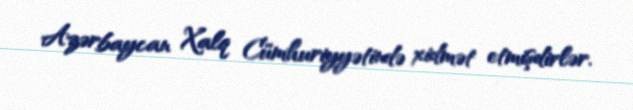
Azərbaycan Xalq Cümhuriyyətində xidmət etmişdirlər.